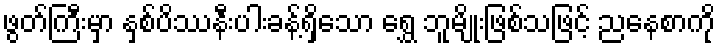
ဖွတ်ကြီးမှာ နှစ်ပိဿနီးပါးခန့်ရှိသော ရွှေ ဘူမျိုးဖြစ်သဖြင့် ညနေစာကို